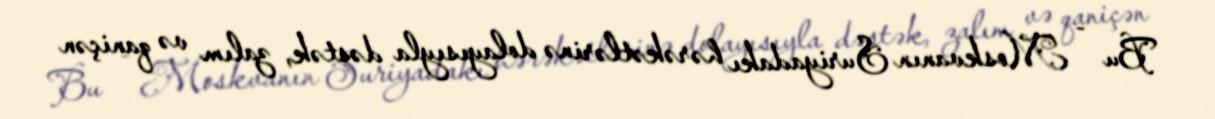
Bu - Moskvanın Suriyadakı hərəkətlərinə dolayısıyla dəstək, zalım və qaniçən